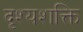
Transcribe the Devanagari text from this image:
दृश्यशक्ति